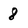
Character: 8